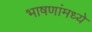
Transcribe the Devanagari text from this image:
भाषणांमध्ये